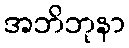
အဘိဘုနာ